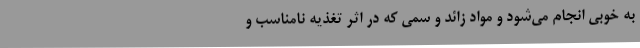
به خوبی انجام می‌شود و مواد زائد و سمی که در اثر تغذیه نامناسب و